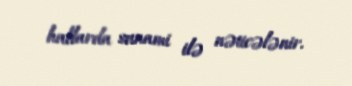
hallarda sunami ilə nəticələnir.